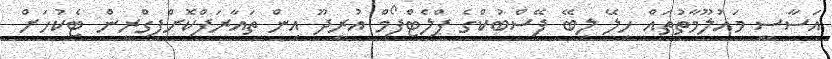
އަސާސީ މައުލޫމާތުތައް ހިލޭ ލިބޭ ފޭސްބުކްގެ ޕްލެޓްފޯމް އުރީދޫ އިން ތައާރަފްކޮށްފިގްރީން ޓެކުހަށް